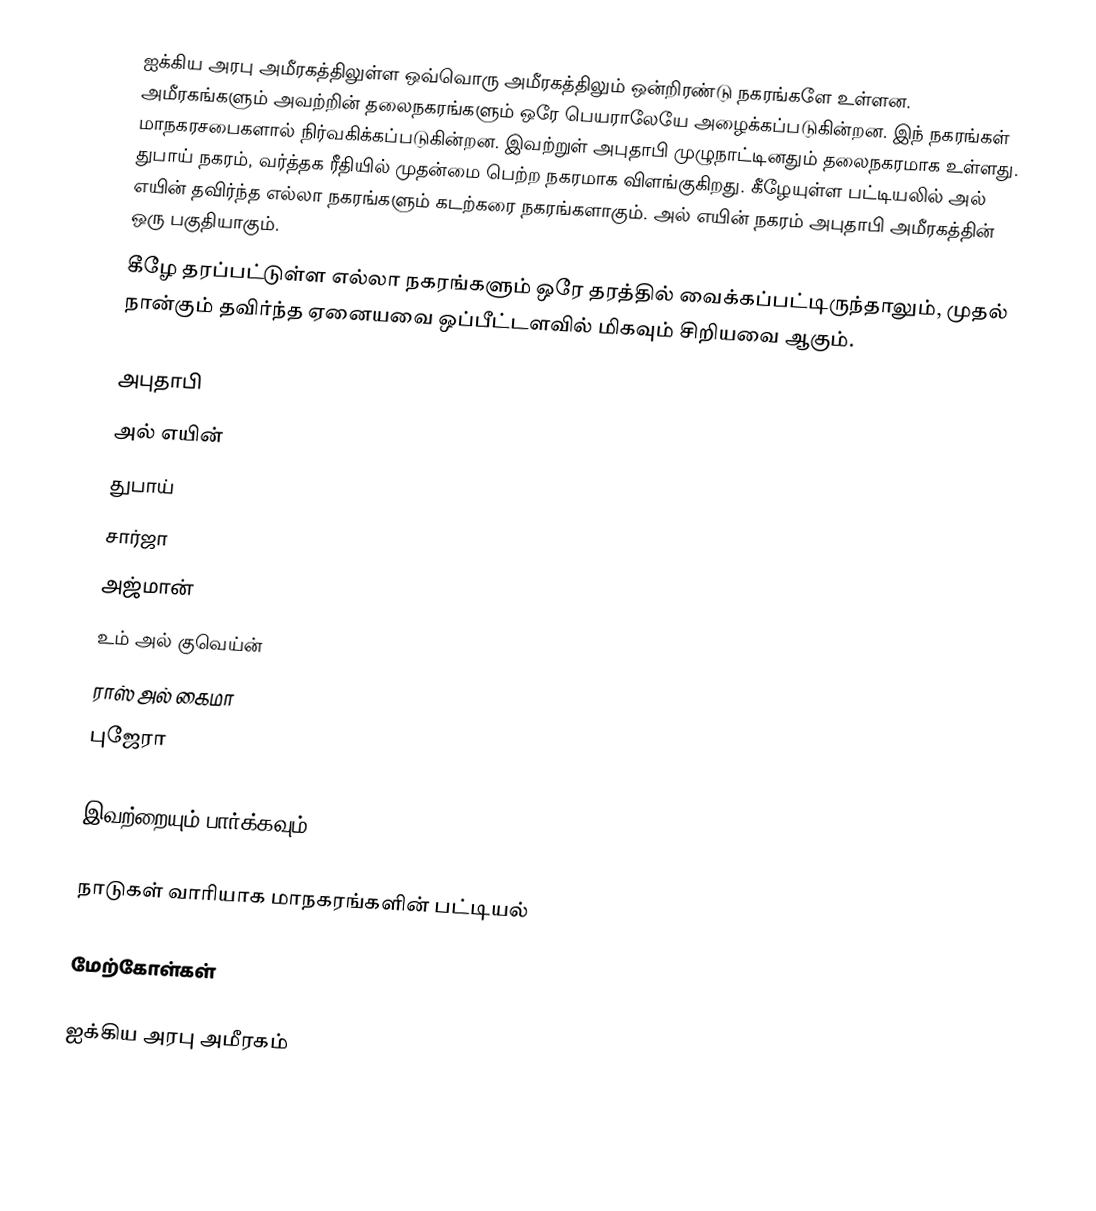
ஐக்கிய அரபு அமீரகத்திலுள்ள ஒவ்வொரு அமீரகத்திலும் ஒன்றிரண்டு நகரங்களே உள்ளன. அமீரகங்களும் அவற்றின் தலைநகரங்களும் ஒரே பெயராலேயே அழைக்கப்படுகின்றன. இந் நகரங்கள் மாநகரசபைகளால் நிர்வகிக்கப்படுகின்றன. இவற்றுள் அபுதாபி முழுநாட்டினதும் தலைநகரமாக உள்ளது. துபாய் நகரம், வர்த்தக ரீதியில் முதன்மை பெற்ற நகரமாக விளங்குகிறது. கீழேயுள்ள பட்டியலில் அல் எயின் தவிர்ந்த எல்லா நகரங்களும் கடற்கரை நகரங்களாகும். அல் எயின் நகரம் அபுதாபி அமீரகத்தின் ஒரு பகுதியாகும்.
கீழே தரப்பட்டுள்ள எல்லா நகரங்களும் ஒரே தரத்தில் வைக்கப்பட்டிருந்தாலும், முதல் நான்கும் தவிர்ந்த ஏனையவை ஒப்பீட்டளவில் மிகவும் சிறியவை ஆகும்.

 அபுதாபி
 அல் எயின்
 துபாய்
 சார்ஜா
 அஜ்மான்
 உம் அல் குவெய்ன்
 ராஸ் அல் கைமா
 புஜேரா

இவற்றையும் பார்க்கவும்

 நாடுகள் வாரியாக மாநகரங்களின் பட்டியல்

மேற்கோள்கள்

ஐக்கிய அரபு அமீரகம்